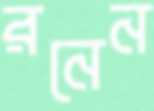
রনেন